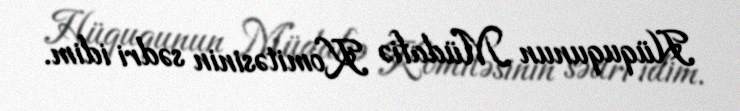
Hüququnun Müdafiə Komitəsinin sədri idim.